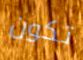
تكون